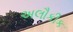
અલૌકીક